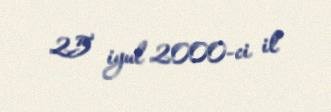
25 iyul 2000-ci il